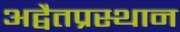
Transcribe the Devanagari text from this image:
अद्वैतप्रस्थान